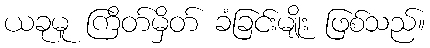
ယခုမူ ကြိတ်မှိတ် ခံခြင်းမျိုး ဖြစ်သည်။